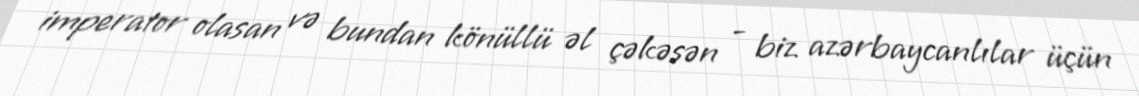
imperator olasan və bundan könüllü əl çəkəsən - biz azərbaycanlılar üçün